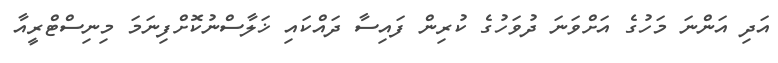
އަދި އަންނަ މަހުގެ އަށްވަނަ ދުވަހުގެ ކުރިން ފައިސާ ދައްކައި ޚަލާސްނުކޮށްފިނަމަ މިނިސްޓްރީއާ